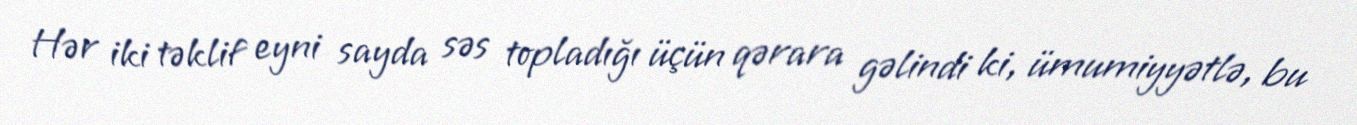
Hər iki təklif eyni sayda səs topladığı üçün qərara gəlindi ki, ümumiyyətlə, bu